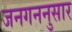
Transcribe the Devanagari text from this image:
जनगननुसार